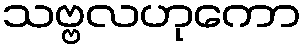
သဗ္ဗလဟုကော